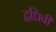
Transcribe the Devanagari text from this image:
द्वध्रिवी